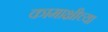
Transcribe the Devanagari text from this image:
कामाक्षीच्या